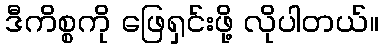
ဒီကိစ္စကို ဖြေရှင်းဖို့ လိုပါတယ်။